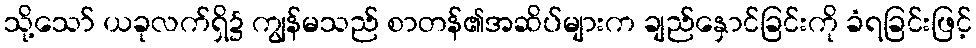
သို့သော် ယခုလက်ရှိ၌ ကျွန်မသည် စာတန်၏အဆိပ်များက ချည်နှောင်ခြင်းကို ခံရခြင်းဖြင့်